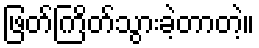
ဖြတ်ကြိတ်သွားခဲ့တာတဲ့။